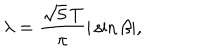
LaTeX: \lambda = \frac { \sqrt { 5 } \, T } { \pi } | \sin \beta | ,